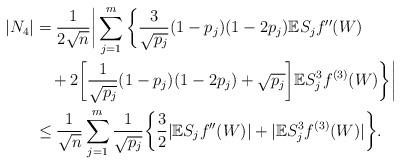
LaTeX: \begin{align*}|N_4|&=\frac{1}{2\sqrt{n}}\bigg|\sum_{j=1}^m\bigg\{\frac{3}{\sqrt{p_j}}(1-p_j)(1-2p_j)\mathbb{E}S_jf''(W)\\&\quad+2\bigg[\frac{1}{\sqrt{p_j}}(1-p_j)(1-2p_j)+\sqrt{p_j}\bigg]\mathbb{E}S_j^3f^{(3)}(W)\bigg\}\bigg|\\&\leq\frac{1}{\sqrt{n}}\sum_{j=1}^m\frac{1}{\sqrt{p_j}}\bigg\{\frac{3}{2}|\mathbb{E}S_jf''(W)|+|\mathbb{E}S_j^3f^{(3)}(W)|\bigg\}.\end{align*}